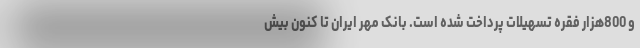
و 800هزار فقره تسهیلات پرداخت شده است. بانک مهر ایران تا کنون بیش